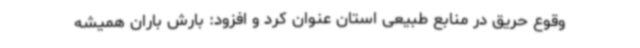
وقوع حریق در منابع طبیعی استان عنوان کرد و افزود: بارش باران همیشه